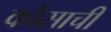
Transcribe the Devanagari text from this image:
कोसाची